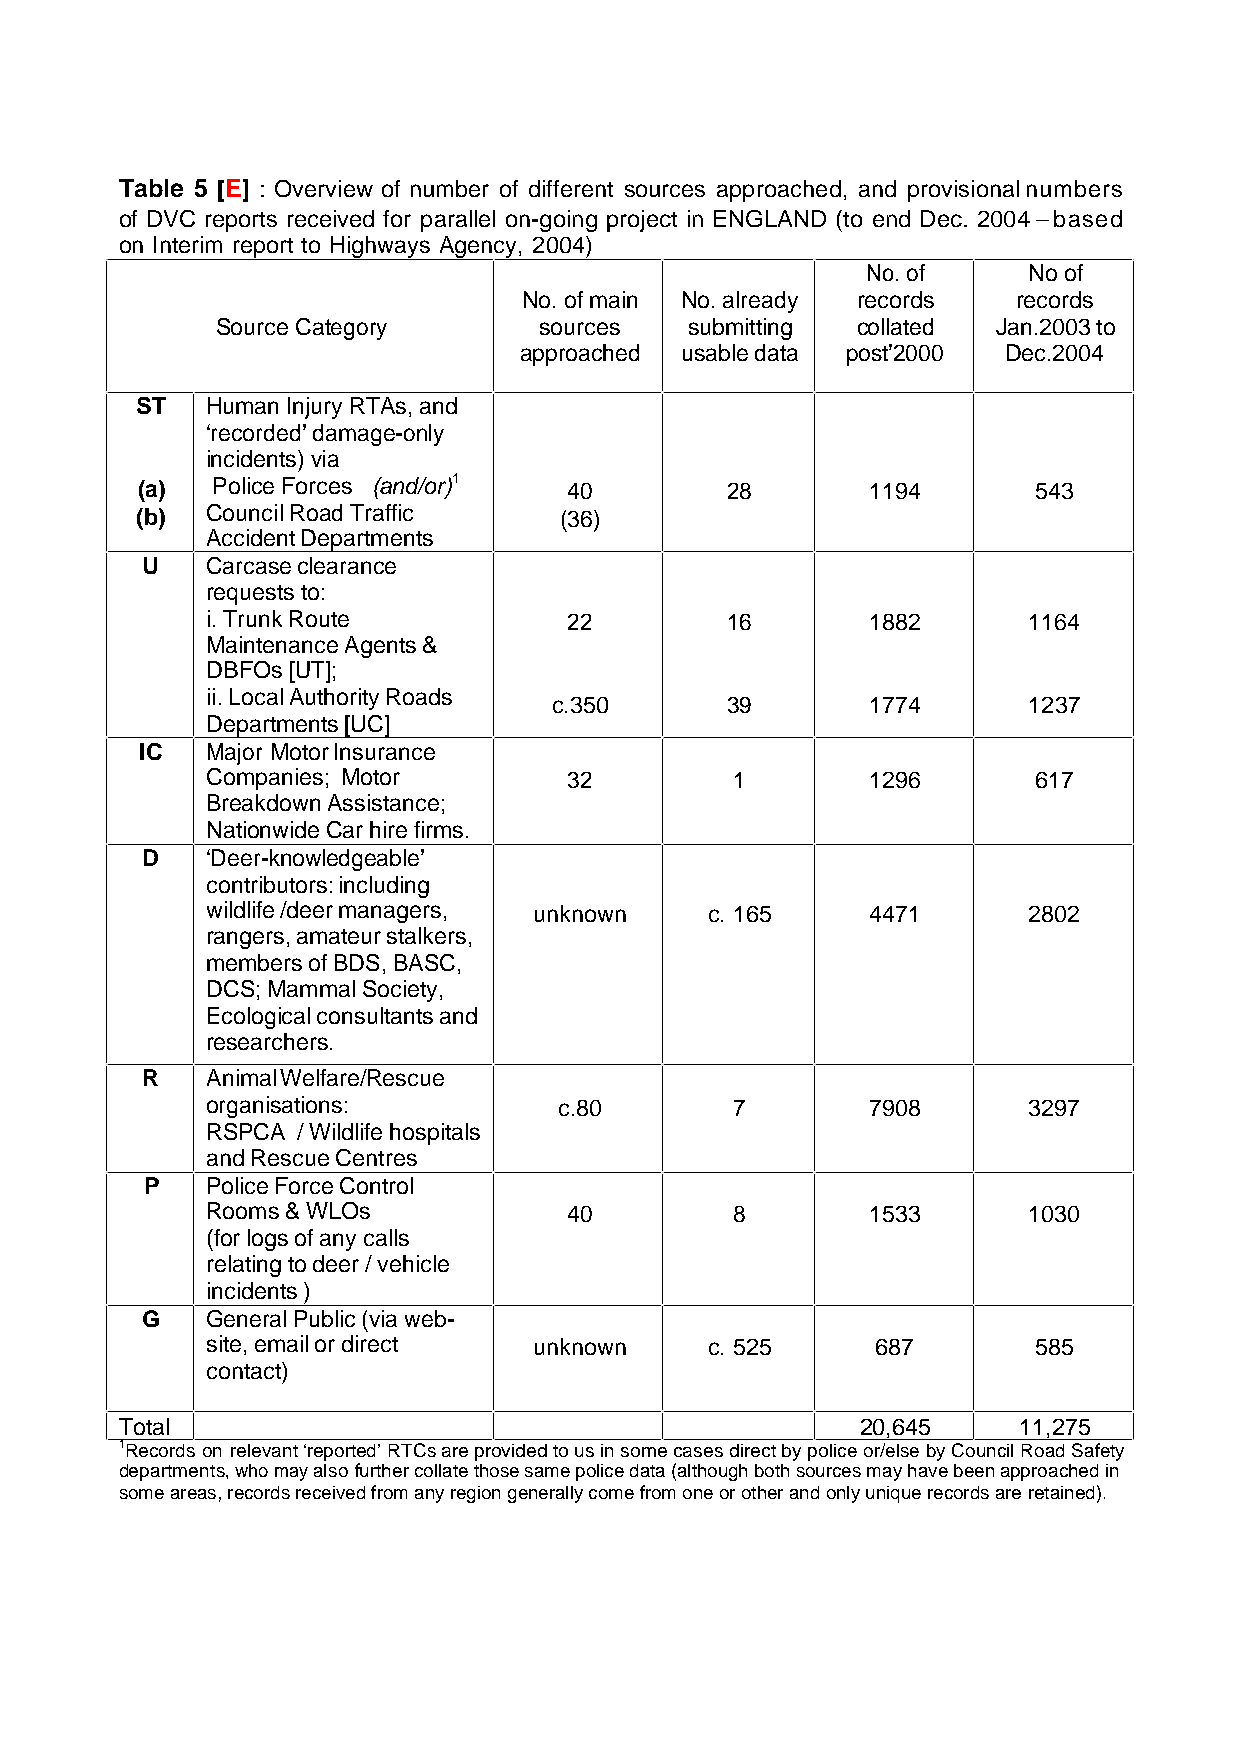
Table 5 [E] : Overview of number of different sources approached, and provisional numbers
 of DVC reports received for parallel on-going project in ENGLAND (to end Dec. 2004 – based
 on Interim report to Highways Agency, 2004)
 No. of     No of
 No. of main No. already records records
 Source Category       sources   submitting collated Jan.2003 to
 approached usable data post’2000 Dec.2004
 ST   Human Injury RTAs, and
 ‘recorded’ damage-only
 incidents) via
 (a)  Police Forces (and/or)1 40        28        1194      543
 (b)  Council Road Traffic   (36)
 Accident Departments
 U    Carcase clearance
 requests to:
 i. Trunk Route          22        16        1882      1164
 Maintenance Agents &
 DBFOs [UT];
 ii. Local Authority Roads
 c.350      39        1774      1237
 Departments [UC]
 IC   Major Motor Insurance
 Companies; Motor        32         1        1296      617
 Breakdown Assistance;
 Nationwide Car hire firms.
 D    ‘Deer-knowledgeable’
 contributors: including
 wildlife /deer managers, unknown c. 165     4471      2802
 rangers, amateur stalkers,
 members of BDS, BASC,
 DCS; Mammal Society,
 Ecological consultants and
 researchers.
 R    Animal Welfare/Rescue
 organisations:         c.80        7        7908      3297
 RSPCA / Wildlife hospitals
 and Rescue Centres
 P   Police Force Control
 Rooms & WLOs            40         8        1533      1030
 (for logs of any calls
 relating to deer / vehicle
 incidents )
 G    General Public (via web-
 site, email or direct unknown    c. 525     687       585
 contact)
 Total                                            20,645    11,275
 1Records on relevant ‘reported’ RTCs are provided to us in some cases direct by police or/else by Council Road Safety
 departments, who may also further collate those same police data (although both sources may have been approached in
 some areas, records received from any region generally come from one or other and only unique records are retained).